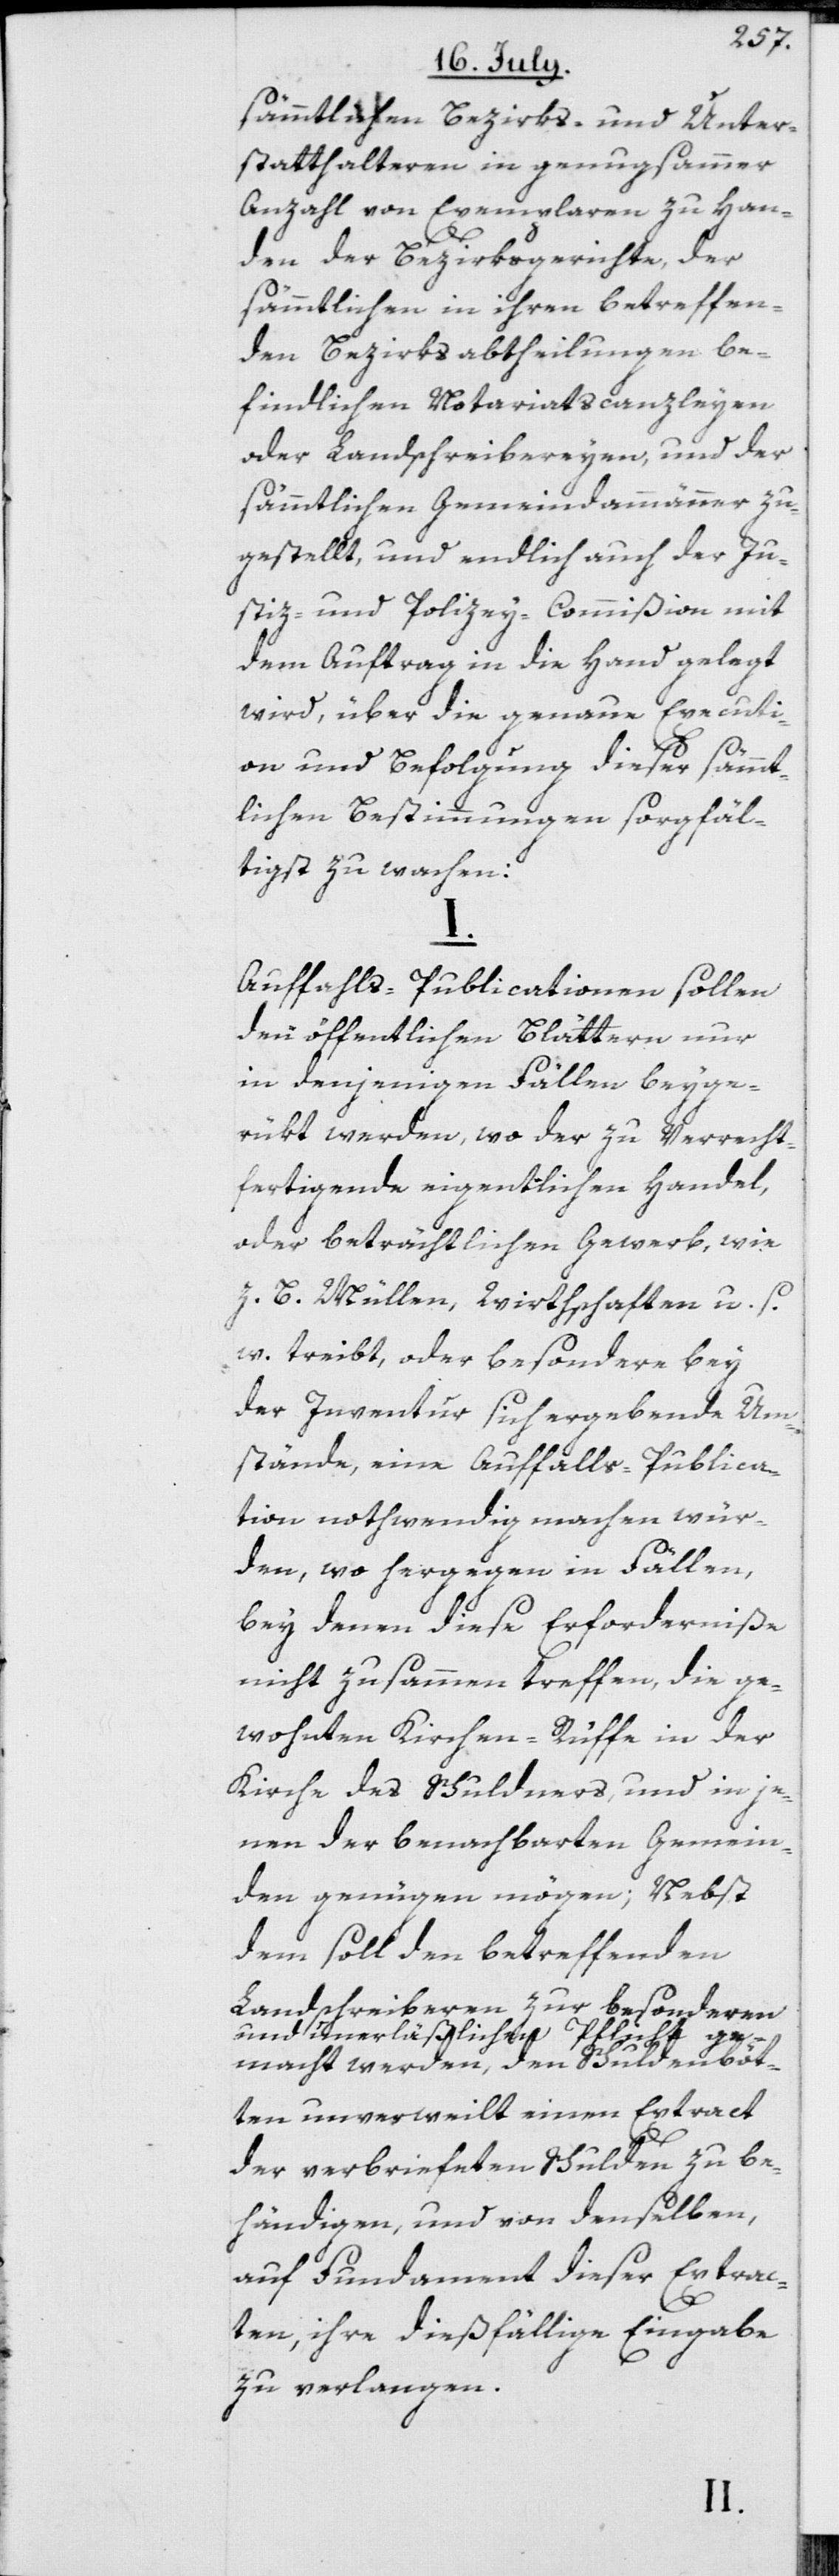
sämmtlichen Bezirks- und Unter¬
statthalteren in genugsammer
Anzahl von Exemplaren zu Han¬
den der Bezirksgerichte, der
sämmtlichen in ihren betreffen¬
den Bezirksabtheilungen be¬
findlichen Notariatscanzleyen
oder Landschreibereyen, und der
sämmtlichen Gemeindammänner zu¬
gestellt, und endlich auch der Ju¬
stiz- und Polizey-Commißion mit
dem Auftrag in die Hand gelegt
wird, über die genaue Executi¬
on und Befolgung dieser sämmt¬
lichen Bestimmungen sorgfäl¬
tigst zu wachen:
I.
Auffahls-Publicationen sollen
den öffentlichen Blättern nur
in denjenigen Fällen beyge¬
rükt werden, wo der zu Verrecht¬
fertigende eigentlichen Handel,
oder beträchtlichen Gewerb, wie
z. B. Müllen, Wirthschaften u. s.
w. treibt, oder besondere bey
der Inventur sich ergebende Um¬
stände, eine Auffalls-Publica¬
tion nothwendig machen wür¬
den, wo hergegen in Fällen,
bey denen diese Erforderniße
nicht zusammen treffen, die ge¬
wohnten Kirchen-Rüffe in der
Kirche des Schuldners, und in je¬
nen der benachbarten Gemein¬
den genügen mögen; Nebst
dem soll den betreffenden
Landschreiberen zur besonderen
und unerläßlichen Pflicht ge¬
macht werden, den Schuldenböt¬
ten unverweilt einen Extract
der verbriefeten Schulden zu be¬
händigen, und von denselben,
auf Fundament dieser Extrac¬
ten, ihre dießfällige Eingabe
zu verlangen.